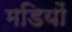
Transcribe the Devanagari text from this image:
मडियों